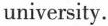
university.